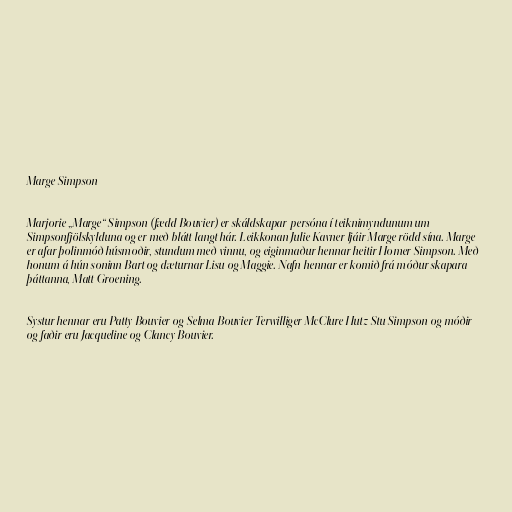
Marge Simpson

Marjorie „Marge“ Simpson (fædd Bouvier) er skáldskapar-persóna í teiknimyndunum um
Simpsonfjölskylduna og er með blátt langt hár. Leikkonan Julie Kavner ljáir Marge rödd sína. Marge
er afar þolinmóð húsmoðir, stundum með vinnu, og eiginmaður hennar heitir Homer Simpson. Með
honum á hún soninn Bart og dæturnar Lisu og Maggie. Nafn hennar er komið frá móður skapara
þáttanna, Matt Groening.

Systur hennar eru Patty Bouvier og Selma Bouvier Terwilliger McClure Hutz Stu Simpson og móðir
og faðir eru Jacqueline og Clancy Bouvier.